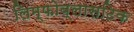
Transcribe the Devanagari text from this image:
लिम्फोब्लासटिक